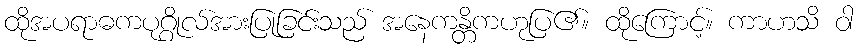
ထိုအပရာဓကပုဂ္ဂိုလ်အားပြုခြင်းသည် အနေကန္တိကဟုပြ၏။ ထိုကြောင့်။ ကာဟသိ ဝါ